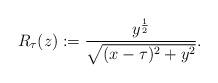
LaTeX: \begin{align*}R_{\tau}(z):=\frac{y^{\frac12}}{\sqrt{(x-\tau)^2+y^2}}.\end{align*}